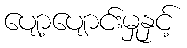
ပျော့ပျောင်းမှုနှင့်